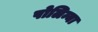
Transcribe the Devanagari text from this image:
पोलिन्या